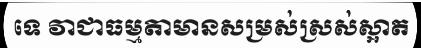
ទេ វាជាធម្មតាមានសម្រស់ស្រស់ស្អាត